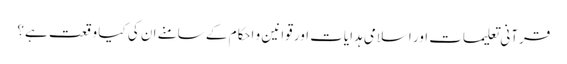
قرآنی تعلیمات اور اسلامی ہدایات اور قوانین و احکام کے سامنے ان کی کیا وقعت ہے؟